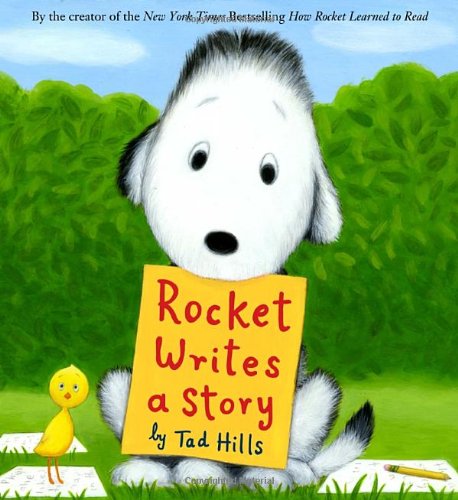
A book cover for Rocket Writes a Story; Tad Hills; Children's Books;